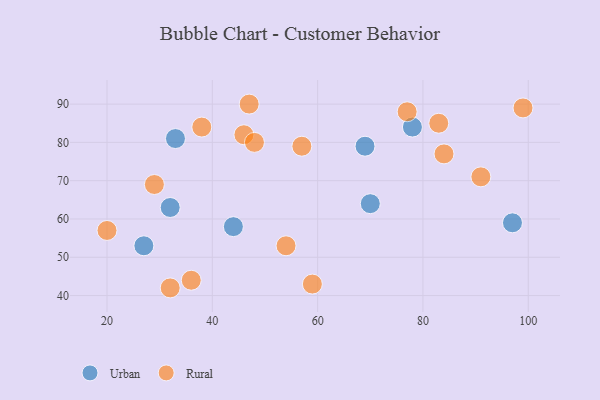
{"axis": {"x": "GDP", "y": "Life Expectancy"}, "legend": ["Rural", "Urban"], "data": [{"x": "69", "y": 79, "type": "Urban"}, {"x": "33", "y": 81, "type": "Urban"}, {"x": "70", "y": 64, "type": "Urban"}, {"x": "78", "y": 84, "type": "Urban"}, {"x": "27", "y": 53, "type": "Urban"}, {"x": "32", "y": 63, "type": "Urban"}, {"x": "44", "y": 58, "type": "Urban"}, {"x": "97", "y": 59, "type": "Urban"}, {"x": "46", "y": 82, "type": "Rural"}, {"x": "77", "y": 88, "type": "Rural"}, {"x": "20", "y": 57, "type": "Rural"}, {"x": "48", "y": 80, "type": "Rural"}, {"x": "36", "y": 44, "type": "Rural"}, {"x": "32", "y": 42, "type": "Rural"}, {"x": "59", "y": 43, "type": "Rural"}, {"x": "29", "y": 69, "type": "Rural"}, {"x": "57", "y": 79, "type": "Rural"}, {"x": "38", "y": 84, "type": "Rural"}, {"x": "84", "y": 77, "type": "Rural"}, {"x": "83", "y": 85, "type": "Rural"}, {"x": "47", "y": 90, "type": "Rural"}, {"x": "99", "y": 89, "type": "Rural"}, {"x": "54", "y": 53, "type": "Rural"}, {"x": "91", "y": 71, "type": "Rural"}]}